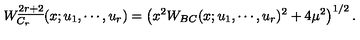
W _ { C _ { r } } ^ { \underline { { 2 r + 2 } } } ( x ; u _ { 1 } , \cdots , u _ { r } ) = \left( x ^ { 2 } W _ { B C } ( x ; u _ { 1 } , \cdots , u _ { r } ) ^ { 2 } + 4 \mu ^ { 2 } \right) ^ { 1 / 2 } .